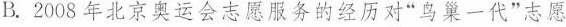
B.2008年北京奥运会志愿服务的经历对“鸟巢一代”志愿